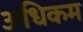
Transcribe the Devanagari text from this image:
अधिकम